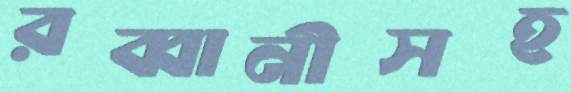
রব্বানীসহ